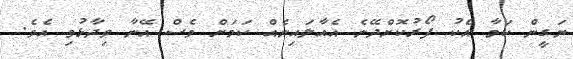
ޔަގީން ކަމާ އެކު ފޯރުކޮށްދޭނެ އެއާލައިނެއް ކަމަށް ވެސް އޭނާ ވިދާޅުވި އެވެ.